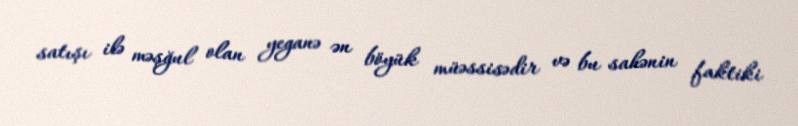
satışı ilə məşğul olan yeganə ən böyük müəssisədir və bu sahənin faktiki